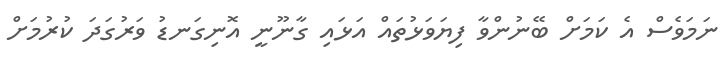
ނަމަވެސް އެ ކަމަށް ބޭނުންވާ ފިޔަވަޅުތައް އަޅައި ގާނޫނީ އޮނިގަނޑު ވަރުގަދަ ކުރުމަށް